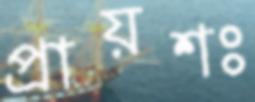
প্রায়শঃ